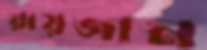
রায়জান